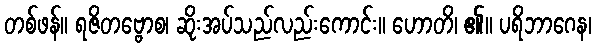
တစ်ဖန်။ ရဇိတဗ္ဗောစ၊ ဆိုးအပ်သည်လည်းကောင်း။ ဟောတိ၊ ၏။ ပရိဘာဂေန၊